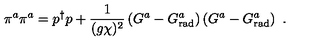
\pi ^ { a } \pi ^ { a } = p ^ { \dagger } p + \frac { 1 } { ( g \chi ) ^ { 2 } } \left( G ^ { a } - G _ { \mathrm { r a d } } ^ { a } \right) \left( G ^ { a } - G _ { \mathrm { r a d } } ^ { a } \right) \ .